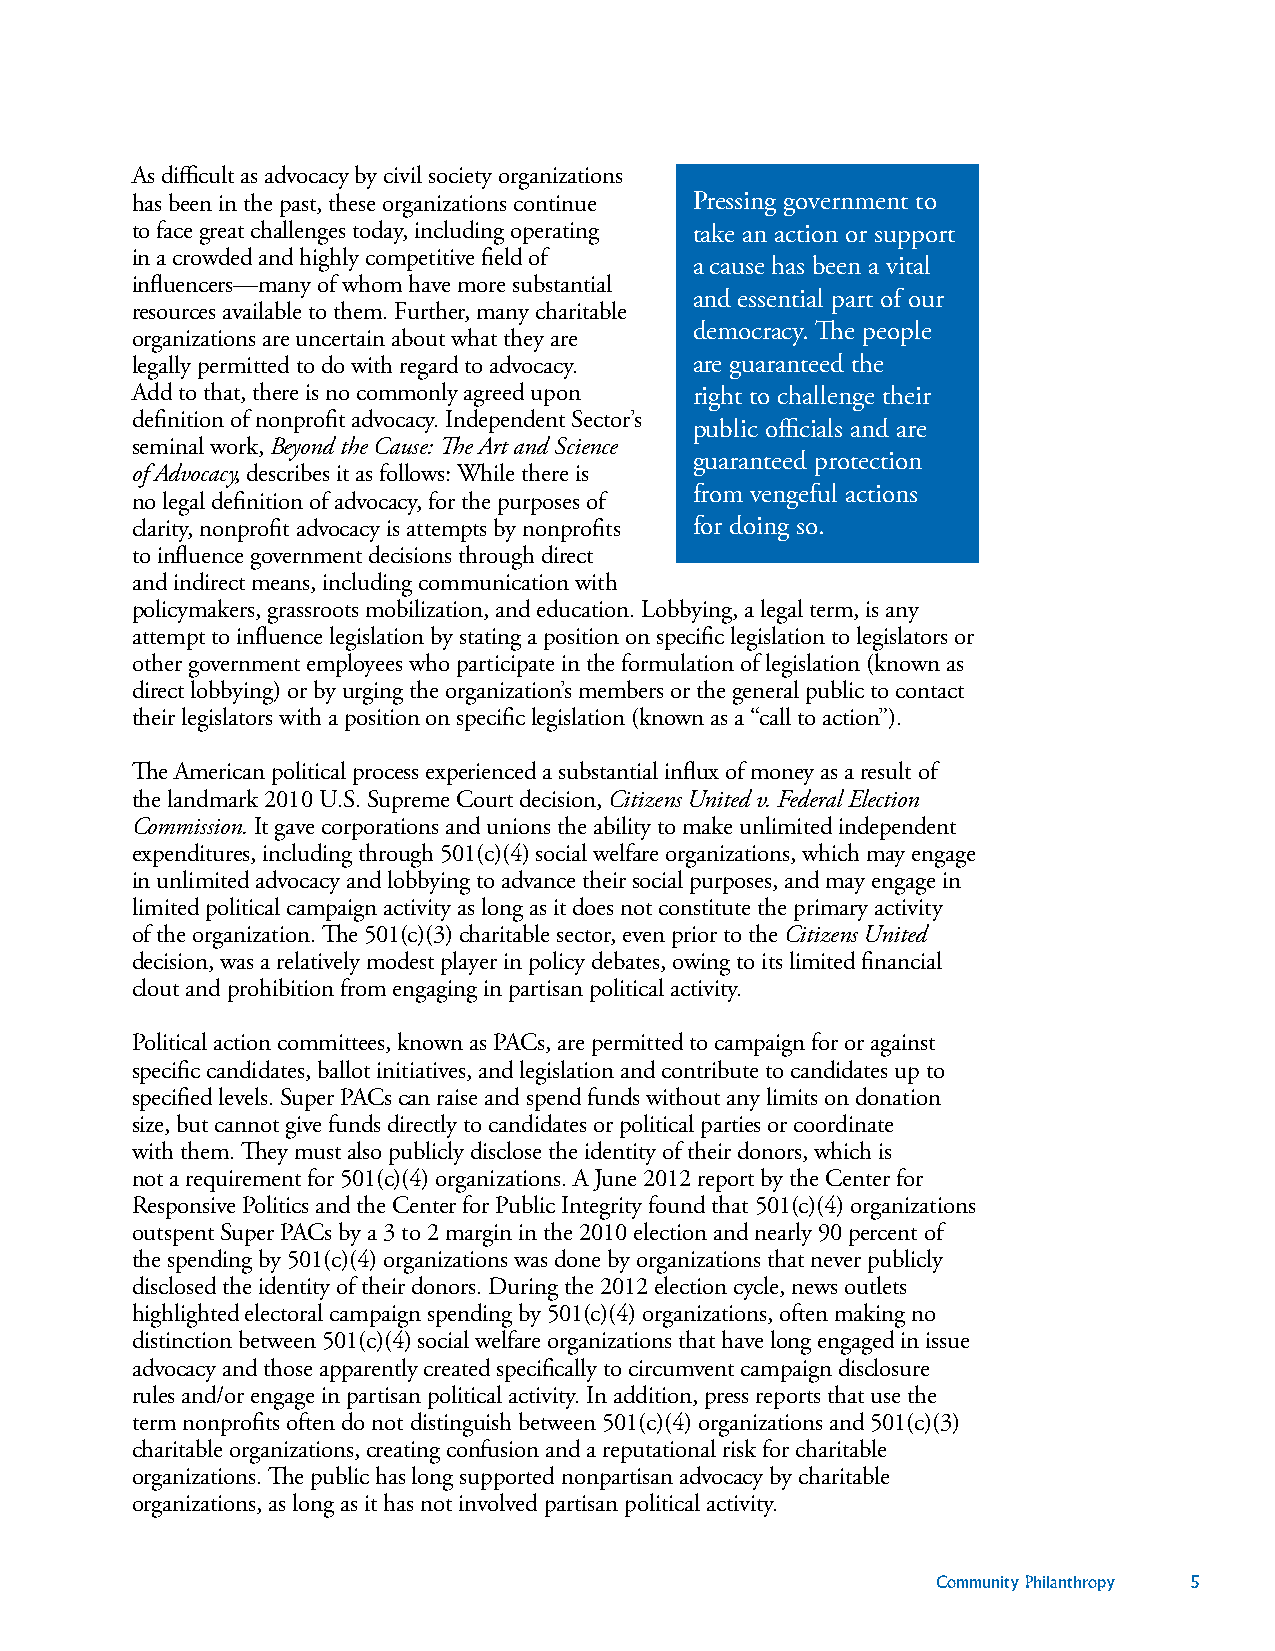
As difficult as advocacy by civil society organizations
 has been in the past, these organizations continue Pressing government to
 to face great challenges today, including operating take an action or support
 in a crowded and highly competitive field of
 a cause has been a vital
 influencers—many of whom have more substantial
 and essential part of our
 resources available to them. Further, many charitable
 democracy. The people
 organizations are uncertain about what they are
 legally permitted to do with regard to advocacy. are guaranteed the
 Add to that, there is no commonly agreed upon right to challenge their
 definition of nonprofit advocacy. Independent Sector’s
 public officials and are
 seminal work, Beyond the Cause: The Art and Science
 guaranteed protection
 of Advocacy, describes it as follows: While there is
 from vengeful actions
 no legal definition of advocacy, for the purposes of
 clarity, nonprofit advocacy is attempts by nonprofits for doing so.
 to influence government decisions through direct
 and indirect means, including communication with
 policymakers, grassroots mobilization, and education. Lobbying, a legal term, is any
 attempt to influence legislation by stating a position on specific legislation to legislators or
 other government employees who participate in the formulation of legislation (known as
 direct lobbying) or by urging the organization’s members or the general public to contact
 their legislators with a position on specific legislation (known as a “call to action”).
 The American political process experienced a substantial influx of money as a result of
 the landmark 2010 U.S. Supreme Court decision, Citizens United v. Federal Election
 Commission. It gave corporations and unions the ability to make unlimited independent
 expenditures, including through 501(c)(4) social welfare organizations, which may engage
 in unlimited advocacy and lobbying to advance their social purposes, and may engage in
 limited political campaign activity as long as it does not constitute the primary activity
 of the organization. The 501(c)(3) charitable sector, even prior to the Citizens United
 decision, was a relatively modest player in policy debates, owing to its limited financial
 clout and prohibition from engaging in partisan political activity.
 Political action committees, known as PACs, are permitted to campaign for or against
 specific candidates, ballot initiatives, and legislation and contribute to candidates up to
 specified levels. Super PACs can raise and spend funds without any limits on donation
 size, but cannot give funds directly to candidates or political parties or coordinate
 with them. They must also publicly disclose the identity of their donors, which is
 not a requirement for 501(c)(4) organizations. A June 2012 report by the Center for
 Responsive Politics and the Center for Public Integrity found that 501(c)(4) organizations
 outspent Super PACs by a 3 to 2 margin in the 2010 election and nearly 90 percent of
 the spending by 501(c)(4) organizations was done by organizations that never publicly
 disclosed the identity of their donors. During the 2012 election cycle, news outlets
 highlighted electoral campaign spending by 501(c)(4) organizations, often making no
 distinction between 501(c)(4) social welfare organizations that have long engaged in issue
 advocacy and those apparently created specifically to circumvent campaign disclosure
 rules and/or engage in partisan political activity. In addition, press reports that use the
 term nonprofits often do not distinguish between 501(c)(4) organizations and 501(c)(3)
 charitable organizations, creating confusion and a reputational risk for charitable
 organizations. The public has long supported nonpartisan advocacy by charitable
 organizations, as long as it has not involved partisan political activity.
 Community Philanthropy 5